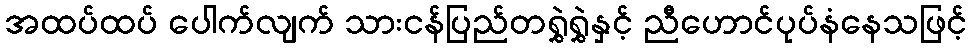
အထပ်ထပ် ပေါက်လျက် သားငန်ပြည်တရွှဲရွှဲနှင့် ညီဟောင်ပုပ်နံနေသဖြင့်